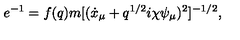
e ^ { - 1 } = f ( q ) m [ ( \dot { x } _ { \mu } + q ^ { 1 / 2 } i \chi \psi _ { \mu } ) ^ { 2 } ] ^ { - 1 / 2 } ,